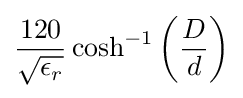
{\frac {120}{\sqrt {\epsilon _{r}}}}\cosh ^{-1}\left({\frac {D}{d}}\right)